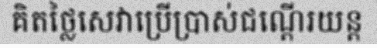
គិតថ្លៃសេវាប្រើប្រាស់ជណ្តើរយន្ត